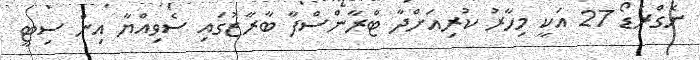
ނެގްރެޑޯ 27 އަކީ މިހާރު ކުރިއަށްދާ ޓްރާންސްފާ ބާރާޒުގައި ސެވިއްޔާ އިން ސިޓީ